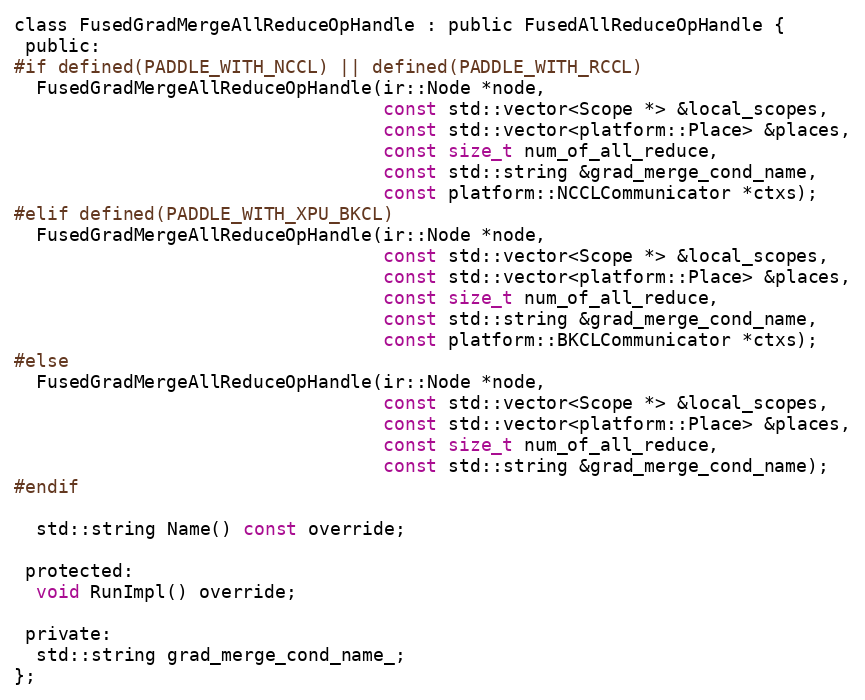
Language: C
class FusedGradMergeAllReduceOpHandle : public FusedAllReduceOpHandle {
 public:
#if defined(PADDLE_WITH_NCCL) || defined(PADDLE_WITH_RCCL)
  FusedGradMergeAllReduceOpHandle(ir::Node *node,
                                  const std::vector<Scope *> &local_scopes,
                                  const std::vector<platform::Place> &places,
                                  const size_t num_of_all_reduce,
                                  const std::string &grad_merge_cond_name,
                                  const platform::NCCLCommunicator *ctxs);
#elif defined(PADDLE_WITH_XPU_BKCL)
  FusedGradMergeAllReduceOpHandle(ir::Node *node,
                                  const std::vector<Scope *> &local_scopes,
                                  const std::vector<platform::Place> &places,
                                  const size_t num_of_all_reduce,
                                  const std::string &grad_merge_cond_name,
                                  const platform::BKCLCommunicator *ctxs);
#else
  FusedGradMergeAllReduceOpHandle(ir::Node *node,
                                  const std::vector<Scope *> &local_scopes,
                                  const std::vector<platform::Place> &places,
                                  const size_t num_of_all_reduce,
                                  const std::string &grad_merge_cond_name);
#endif

  std::string Name() const override;

 protected:
  void RunImpl() override;

 private:
  std::string grad_merge_cond_name_;
};